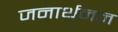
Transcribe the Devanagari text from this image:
जनार्थनन